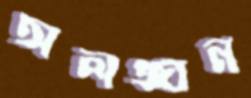
অলঙ্ঘন